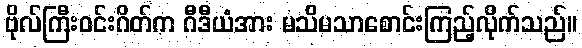
ဗိုလ်ကြီးဝင်းဂိတ်က ဂီဒီယံအား မသိမသာစောင်းကြည့်လိုက်သည်။